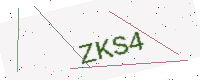
Text: ZKS4